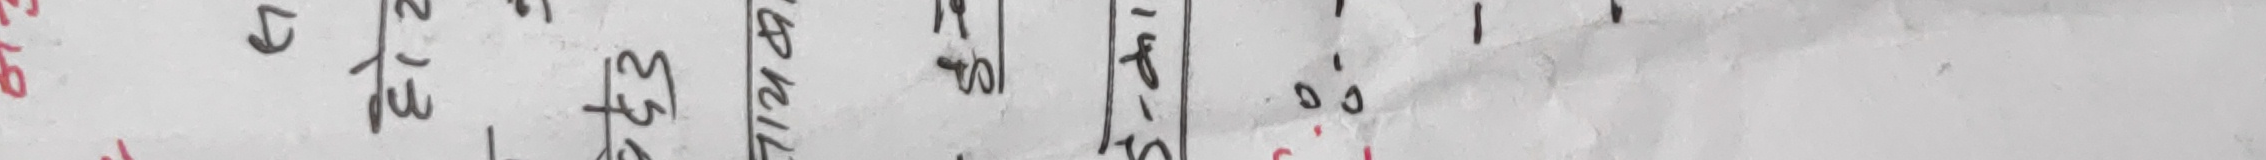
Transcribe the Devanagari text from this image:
२७ ७९ १३ ५३ ७९ १८ १० ० १